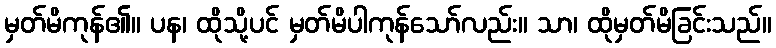
မှတ်မိကုန်၏။ ပန၊ ထိုသို့ပင် မှတ်မိပါကုန်သော်လည်း။ သာ၊ ထိုမှတ်မိခြင်းသည်။